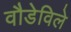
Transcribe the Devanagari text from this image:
वौडेविले